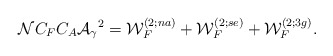
\begin{align*}{\cal N} C_F C_A {\cal{A}_{\gamma}}^2={\cal W}^{(2;na)}_F+{\cal W}^{(2;se)}_F+{\cal W}^{(2;3g)}_F.\end{align*}